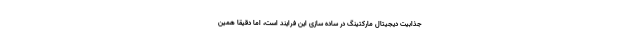
جذابیت دیجیتال مارکتینگ در ساده سازی این فرایند است، اما دقیقا همین